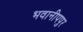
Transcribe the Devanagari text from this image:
भवानीपपुर